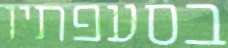
בסעפתיו